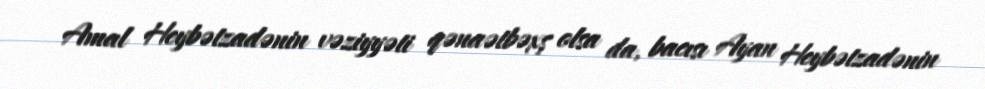
Amal Heybətzadənin vəziyyəti qənaətbəxş olsa da, bacısı Ayan Heybətzadənin